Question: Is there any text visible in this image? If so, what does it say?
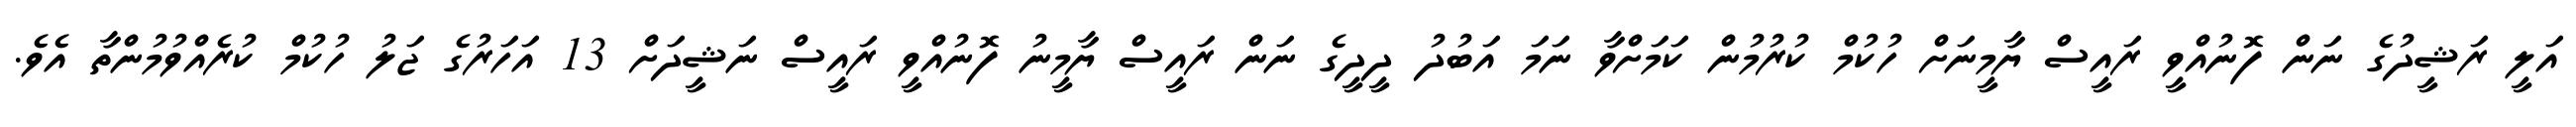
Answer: އަލީ ރަޝީދުގެ ނަން ފޮނުއްވީ ރައީސް ޔާމީނަށް ހުކުމް ކުރުމުން ކަމަށްވާ ނަމަ އަބުދު ދީދީގެ ނަން ރައީސް ޔާމީނު ފޮނުއްވީ ރައީސް ނަޝީދަށް 13 އަހަރުގެ ޖަލު ހުކުމް ކުރެއްވުމުންތާ އެވެ.